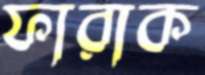
ফারাক